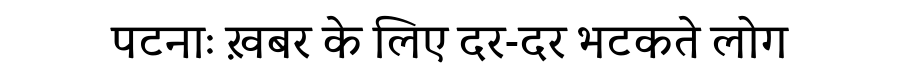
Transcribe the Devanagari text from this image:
पटनाः ख़बर के लिए दर-दर भटकते लोग